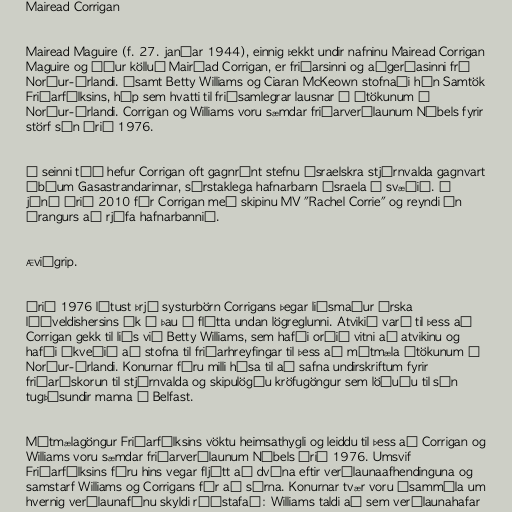
Mairead Corrigan

Mairead Maguire (f. 27. janúar 1944), einnig þekkt undir nafninu Mairead Corrigan
Maguire og áður kölluð Mairéad Corrigan, er friðarsinni og aðgerðasinni frá
Norður-Írlandi. Ásamt Betty Williams og Ciaran McKeown stofnaði hún Samtök
Friðarfólksins, hóp sem hvatti til friðsamlegrar lausnar á átökunum á
Norður-Írlandi. Corrigan og Williams voru sæmdar friðarverðlaunum Nóbels fyrir
störf sín árið 1976.

Í seinni tíð hefur Corrigan oft gagnrýnt stefnu ísraelskra stjórnvalda gagnvart
íbúum Gasastrandarinnar, sérstaklega hafnarbann Ísraela á svæðið. Í
júní árið 2010 fór Corrigan með skipinu MV "Rachel Corrie" og reyndi án
árangurs að rjúfa hafnarbannið.

Æviágrip.

Árið 1976 létust þrjú systurbörn Corrigans þegar liðsmaður Írska
lýðveldishersins ók á þau á flótta undan lögreglunni. Atvikið varð til þess að
Corrigan gekk til liðs við Betty Williams, sem hafði orðið vitni að atvikinu og
hafði ákveðið að stofna til friðarhreyfingar til þess að mótmæla átökunum á
Norður-Írlandi. Konurnar fóru milli húsa til að safna undirskriftum fyrir
friðaráskorun til stjórnvalda og skipulögðu kröfugöngur sem löðuðu til sín
tugþúsundir manna í Belfast.

Mótmælagöngur Friðarfólksins vöktu heimsathygli og leiddu til þess að Corrigan og
Williams voru sæmdar friðarverðlaunum Nóbels árið 1976. Umsvif
Friðarfólksins fóru hins vegar fljótt að dvína eftir verðlaunaafhendinguna og
samstarf Williams og Corrigans fór að súrna. Konurnar tvær voru ósammála um
hvernig verðlaunafénu skyldi ráðstafað: Williams taldi að sem verðlaunahafar